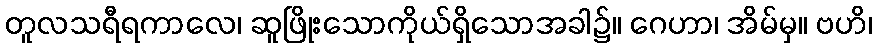
တူလသရီရကာလေ၊ ဆူဖြိုးသောကိုယ်ရှိသောအခါ၌။ ဂေဟာ၊ အိမ်မှ။ ဗဟိ၊